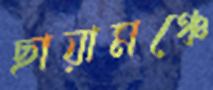
ছায়ামঞ্চে